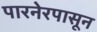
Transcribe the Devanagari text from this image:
पारनेरपासून